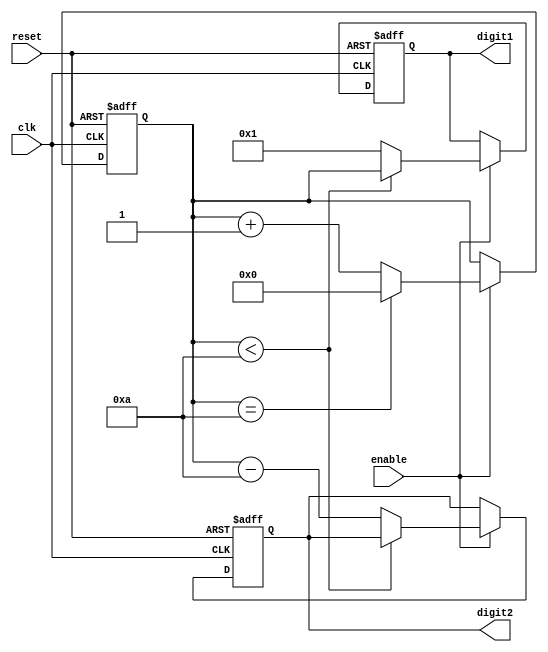
module BCD_counter(
    input wire clk,
    input wire reset,
    input wire enable,
    output reg [3:0] digit1,
    output reg [3:0] digit2
);

reg [3:0] count;

always @ (posedge clk or posedge reset) begin
    if (reset) begin
        count <= 0;
        digit1 <= 0;
        digit2 <= 0;
    end else begin
        if (enable) begin
            count <= count + 1;
            if (count == 10) begin
                count <= 0;
            end
            
            // BCD conversion
            if (count < 10)
                digit1 <= count;
            else begin
                digit1 <= 1;
                digit2 <= count - 10;
            end
        end
    end
end

endmodule